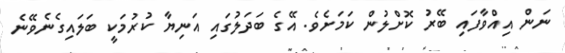
ނަން އިއްވާފައި ބޭރު ކޮށްލުން ކަމަށެވެ. އޭގެ ބަދަލުގައި އަނިޔާ ކުރުމަކީ ބަލައިގެނެވޭނެ